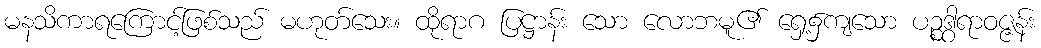
မနသိကာရကြောင့်ဖြစ်သည် မဟုတ်သေး။ ထိုရာဂ ပြဋ္ဌာန်း သော လောဘမူ၏ ရှေ့၌ကျသော ပဉ္စဒွါရာဝဇ္ဇန်း